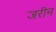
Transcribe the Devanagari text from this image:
जरीन